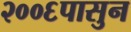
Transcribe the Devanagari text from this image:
२००६पासुन